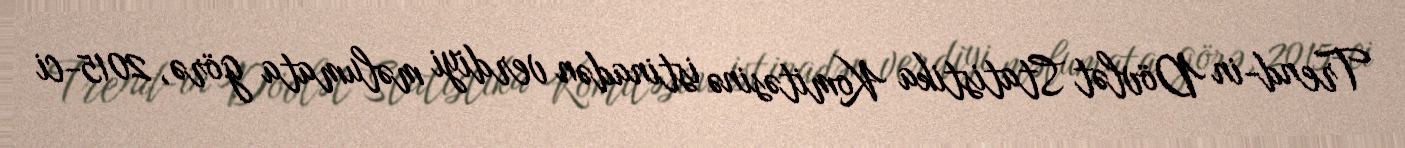
Trend-in Dövlət Statistika Komitəsinə istinadən verdiyi məlumata görə, 2015-ci